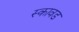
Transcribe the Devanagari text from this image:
स्कावड